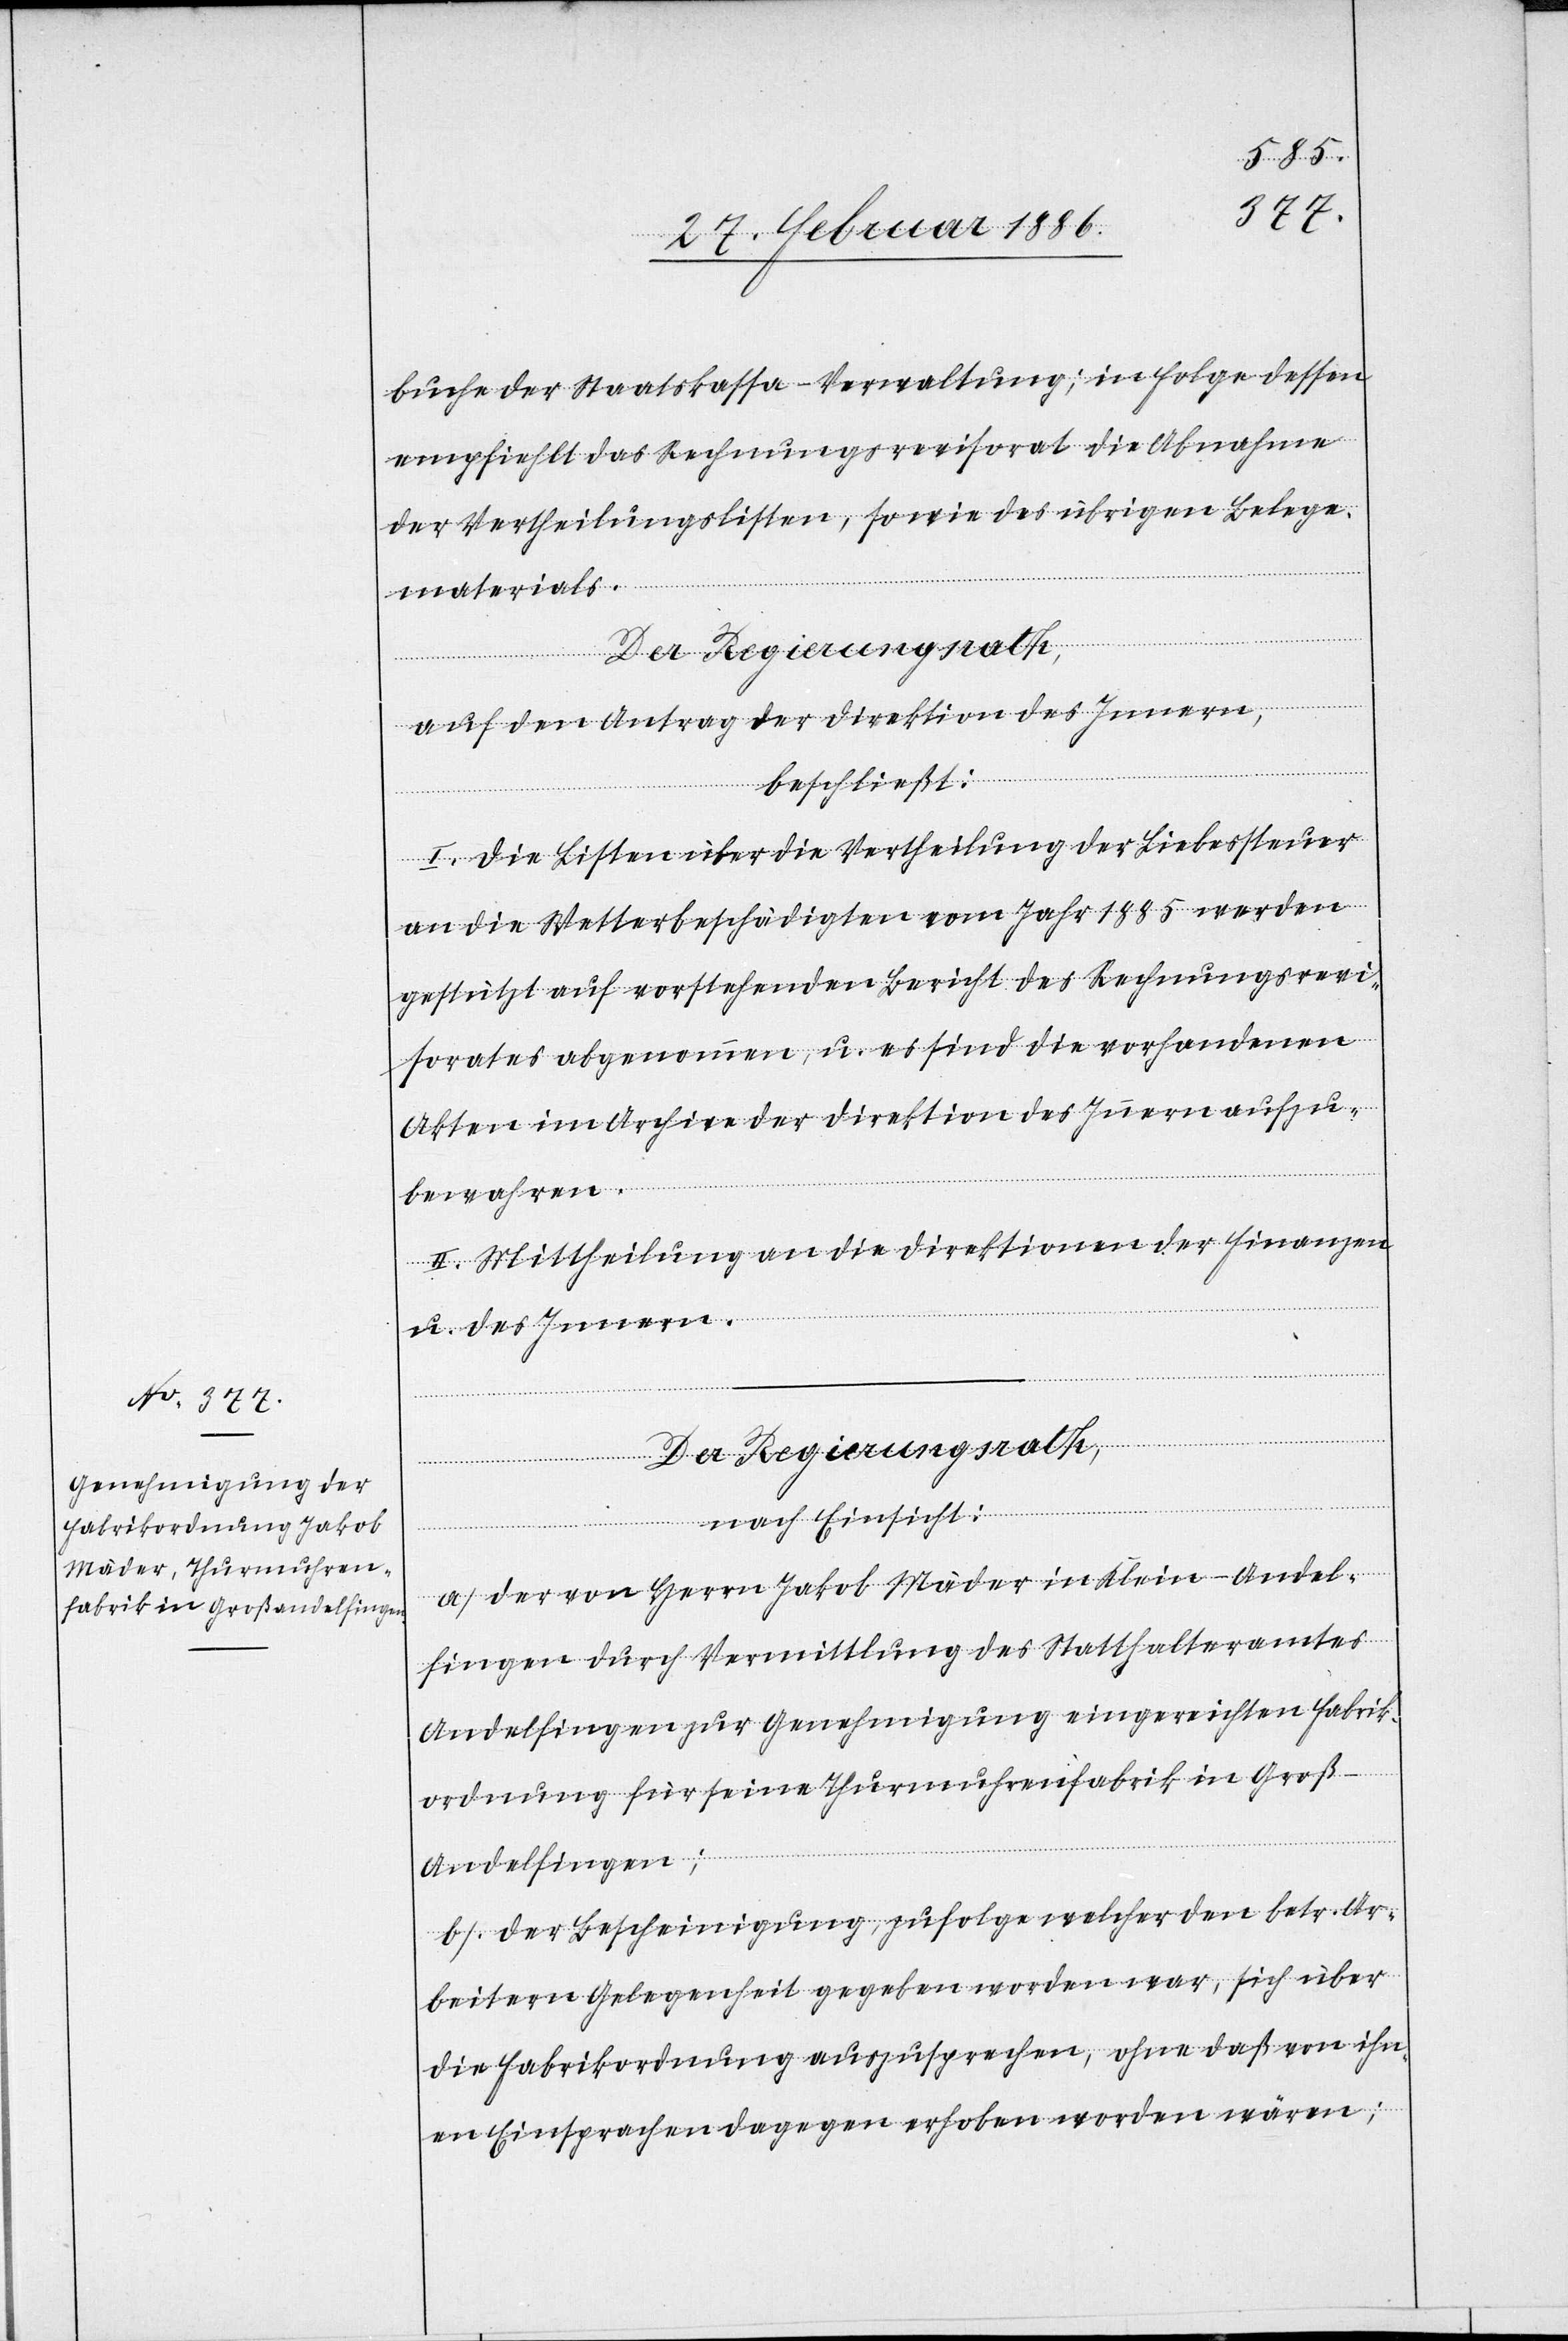
buche der Staatskassa-Verwaltung; in Folge dessen
empfiehlt das Rechnungsrevisorat die Abnahme
der Vertheilungslisten, sowie des übrigen Belegs¬
materials.
auf den Antrag der Direktion des Innern,
beschließt;
I. Die Liste über die Vertheilung der Liebessteuer
an die Wetterbeschädigten vom Jahr 1885 werden
gestützt auf vorstehenden Bericht des Rechnungsrevi¬
sorates abgenommen, u. es sind die vorhandenen
Akten im Archive der Direktion des Innern aufzu¬
bewahren.
II. Mittheilung an die Direktionen der Finanzen
u. des Innern.
Der Regierungsrath,
nach Einsicht:
a) Der von Herrn Jakob Mäder in Klein-Andel¬
fingen durch Vermittlung des Statthalteramtes
Andelfingen zur Genehmigung eingereichten Fabrik¬
ordnung für seine Thurmuhrfabrik in Groß-A¬
ndelfingen;
b) Der Bescheinigung, zufolge welcher den betr. Ar¬
beitern Gelegenheit gegeben worden war, sich über
die Fabrikordnung auszusprechen, ohne daß von ihn¬
en Einsprachen dagegen erhoben worden wären;